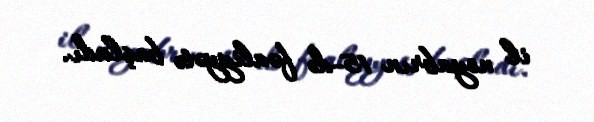
il noyabrın 15-də fəaliyyətə başladı.